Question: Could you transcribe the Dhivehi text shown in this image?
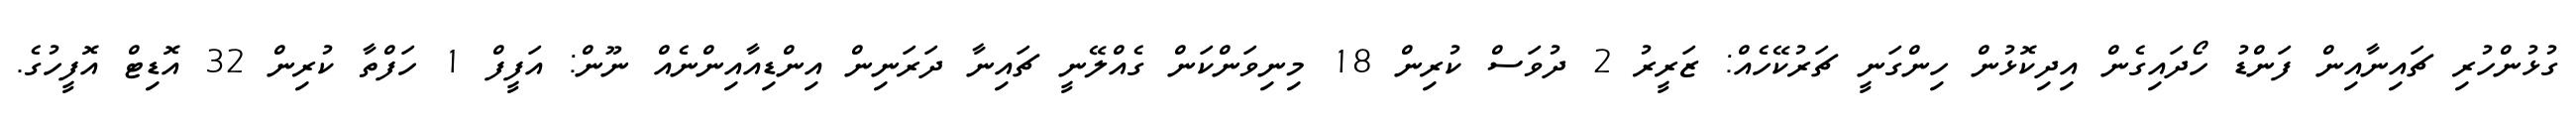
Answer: ގުޅުންހުރި ޗައިނާއިން ފަންޑު ހޯދައިގެން އިދިކޮޅުން ހިންގަނީ ޗަރުކޭހެއް: ޒަރީރު 2 ދުވަސް ކުރިން 18 މިނިވަންކަން ގެއްލޭނީ ޗައިނާ ދަރަނިން އިންޑިއާއިންނެއް ނޫން: އަފީފް 1 ހަފްތާ ކުރިން 32 އޮޑިޓް އޮފީހުގެ.